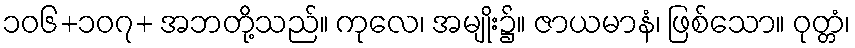
၁၀၆+၁၀၇+ အဘတို့သည်။ ကုလေ၊ အမျိုး၌။ ဇာယမာနံ၊ ဖြစ်သော။ ဝုတ္တံ၊